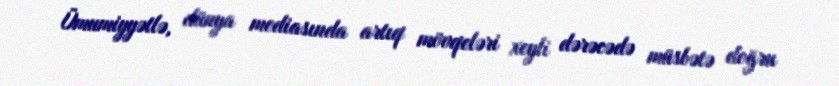
Ümumiyyətlə, dünya mediasında artıq mövqeləri xeyli dərəcədə müsbətə doğru